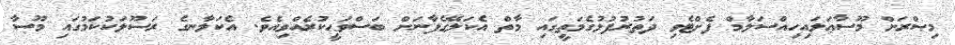
މިޞްރަށް މޫސާޢަލައިހިއްސަލާމް ފެށްޓެވި ދަތުރުފުޅުގެމަތީގައި މާތް އެކަލޭގެފާނަށް ބަސްވަޙީކުރެއްވިއެވެ. އެކަލާނގެ ރަސޫލަކުކަމުގައި މޫސާ